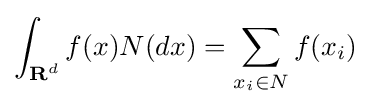
\int _{{\textbf {R}}^{d}}f(x){N}(dx)=\sum \limits _{x_{i}\in N}f(x_{i})